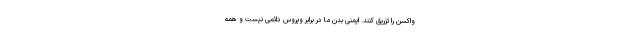
واکسن را تزریق کنند. ایمنی بدن ما در برابر ویروس دائمی نیست و همه